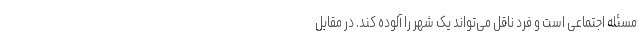
مسئله اجتماعی است و فرد ناقل می‌تواند یک شهر را آلوده کند. در مقابل